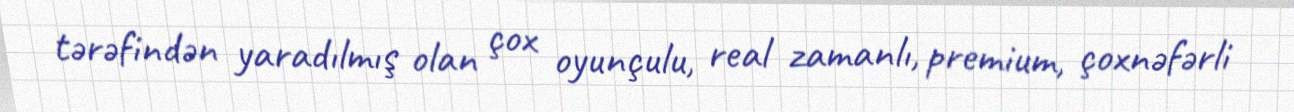
tərəfindən yaradılmış olan çox oyunçulu, real zamanlı, premium, çoxnəfərli